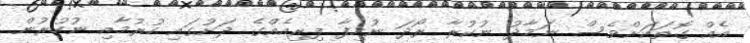
އެއް ގޮތަކަށްވެސް ނަމާދު ނުކުރާ ރޯދަ ނުހިފާ ފިރިއެއްގެ ދަށުގައި ހުރުމާއި ނުހުރުން